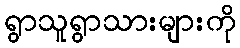
ရွာသူရွာသားများကို